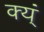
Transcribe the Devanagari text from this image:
क्य्ं